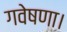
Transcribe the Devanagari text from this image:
गवेषणा।